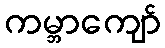
ကမ္ဘာကျော်